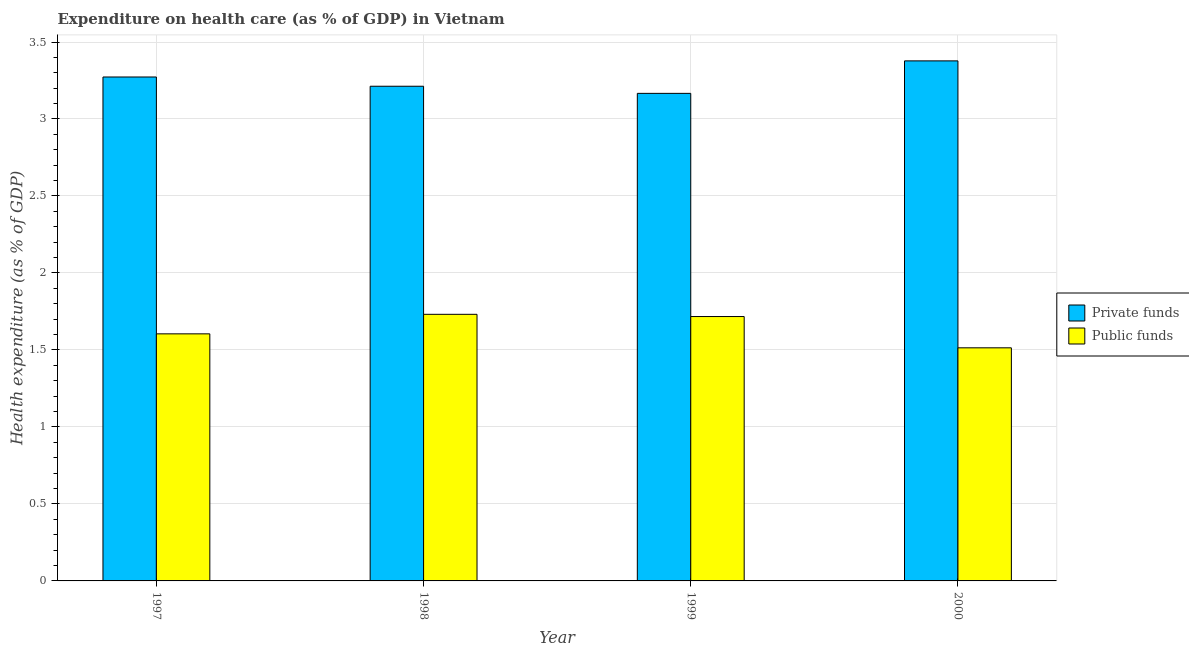
| Year | Private funds | Public funds |
 | --- | --- | --- |
 | 1997 | 3.27 | 1.6 |
 | 1998 | 3.21 | 1.73 |
 | 1999 | 3.17 | 1.72 |
 | 2000 | 3.38 | 1.51 |